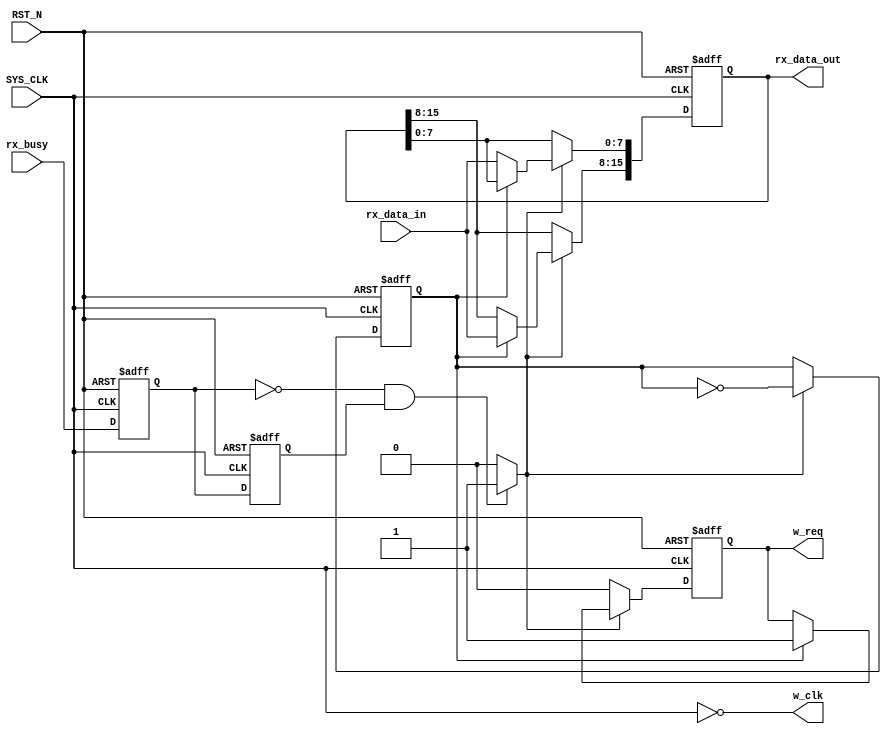
module UART_Rxd_CTRL(
input 							SYS_CLK			,
input							RST_N			,

input		[7:0]				rx_data_in		,
input							rx_busy			,


output		reg					w_req			,
output							w_clk			,			
output		reg		[15:0]		rx_data_out			

);


//-------------------------------------------------------
//-- 
//-------------------------------------------------------
reg								rx_busy_edge_now	;
reg								rx_busy_edge_pre	;

wire							flag_receive_data	;
reg								bit_flag			;

//-------------------------------------------------------
//-- 
//-------------------------------------------------------
assign	w_clk = ~SYS_CLK ;


//-------------------------------------------------------
//-- rx_busy
//-------------------------------------------------------
always@(posedge SYS_CLK or negedge RST_N) begin
	if(!RST_N) begin
		rx_busy_edge_now <= 1'b0 ;
		rx_busy_edge_pre <= 1'b0 ;
	end
	else begin
		rx_busy_edge_now <= rx_busy ;
		rx_busy_edge_pre <= rx_busy_edge_now ;
	end

end

assign	flag_receive_data = (rx_busy_edge_now == 1'b0 && rx_busy_edge_pre == 1'b1) ? 1'b1 : 1'b0 ;
//-------------------------------------------------------
//-- 
//-------------------------------------------------------
always@(posedge SYS_CLK or negedge RST_N) begin
	if(!RST_N) begin
		w_req <= 1'b0 ;
		rx_data_out <= 'b0 ;
		bit_flag <= 1'b0 ;
	end
	else if(flag_receive_data) begin
		if(!bit_flag) begin
			bit_flag <= ~ bit_flag ;
			rx_data_out[7:0] <= rx_data_in ; 		//
		end
		else begin
			bit_flag <= ~bit_flag ;
			w_req <= 'b1 ;							
			rx_data_out[15:8] <= rx_data_in ;		//
		end
	end
	else begin
		w_req <= 1'b0 ;
	end

end


endmodule